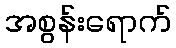
အစွန်းရောက်